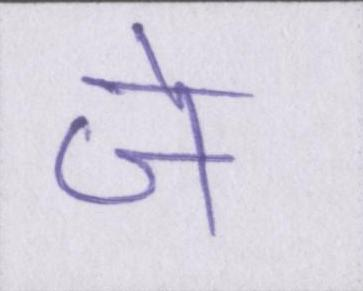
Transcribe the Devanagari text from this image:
जे